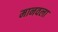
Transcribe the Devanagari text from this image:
मानवला